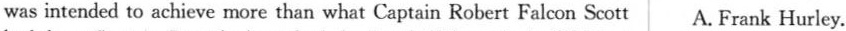
was intended to achieve more than what Captain Robert Falcon Scott A. Frank Hurley.